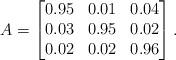
LaTeX: \begin{align*}A= \begin{bmatrix}0.95 & 0.01 & 0.04\\ 0.03 & 0.95 & 0.02\\ 0.02 & 0.02 & 0.96 \end{bmatrix}.\end{align*}